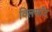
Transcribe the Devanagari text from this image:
विलमाँट